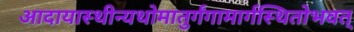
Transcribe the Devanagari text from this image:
आदायास्थीन्यथोमातुर्गंगामार्गस्थितोभवत्